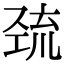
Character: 巯